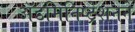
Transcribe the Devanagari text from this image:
ॲडमिनिष्ट्रेशनने